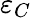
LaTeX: \varepsilon_{C}